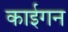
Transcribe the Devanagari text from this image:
काईगन